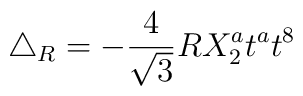
\triangle_R= -\frac{4}{\sqrt{3}}R X_2^a t^a t^8